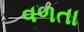
વળતા